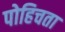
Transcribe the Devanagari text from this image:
पोहिचता